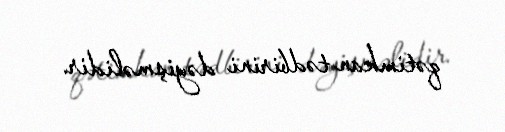
qətimkan tədbirini dəyişməlidir.